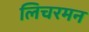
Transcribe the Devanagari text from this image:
लिचरमन